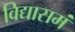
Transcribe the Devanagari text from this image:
विद्यासमं